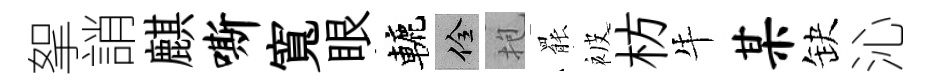
挐誚麒嘶寬眼轆佺抱罷被枋牛某缺沁